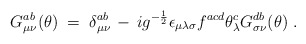
\begin{align*}G_{\mu\nu}^{ab} (\theta) \;=\; \delta_{\mu\nu}^{ab} \,-\, i g^{-\frac{1}{2}}\epsilon_{\mu\lambda\sigma} f^{acd} \theta_\lambda^c G_{\sigma\nu}^{db}(\theta)\;.\end{align*}